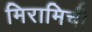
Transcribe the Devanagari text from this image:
मिरामिची